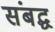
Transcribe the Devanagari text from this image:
संबद्घ